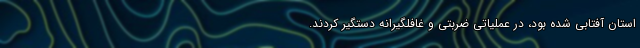
استان آفتابی شده بود، در عملیاتی ضربتی و غافلگیرانه دستگیر کردند.